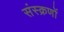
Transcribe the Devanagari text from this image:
संस्क्रणों